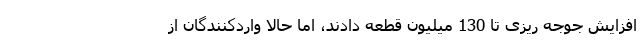
افزایش جوجه ریزی تا 130 میلیون قطعه دادند، اما حالا واردکنندگان از